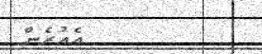
އެއުރެން